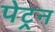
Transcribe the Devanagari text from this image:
पेट्रन